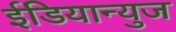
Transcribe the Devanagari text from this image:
ईंडियान्युज